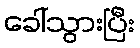
ခေါ်သွားပြီး